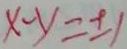
x - y = \pm 1